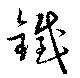
鉄